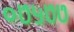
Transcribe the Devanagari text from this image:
०७५७७